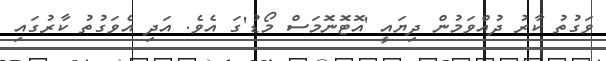
ވަގުތު ކާރު ދުއްވަމުން ދިޔައީ 'އޮޓޮނޮމަސް މޯޑު'ގަ އެވެ. އަދި އެވަގުތު ކާރުގައި